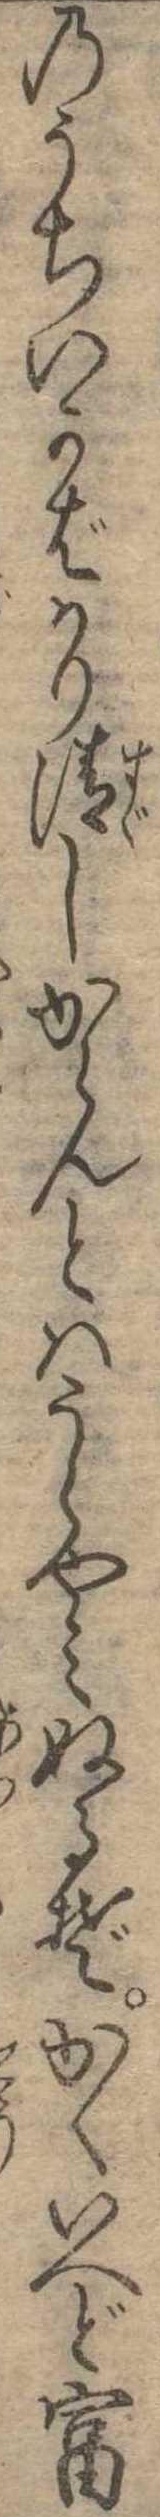
のうちいかばかり清しからんとはうらやみぬるぞかくいへど富